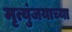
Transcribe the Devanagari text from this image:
मृत्युंजयाच्या